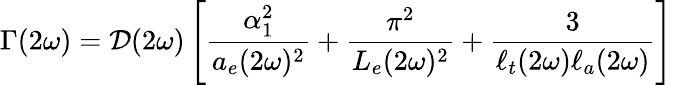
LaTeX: \Gamma(2\omega)=\mathcal{D}(2\omega)\left[\frac{\alpha_{1}^{2}}{a_{e}(2\omega)^{2}}+\frac{\pi^{2}}{L_{e}(2\omega)^{2}}+\frac{3}{\ell_{t}(2\omega)\ell_{a}(2\omega)}\right]